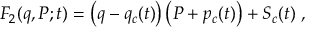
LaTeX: F _ { 2 } ( q , P ; t ) = \left( q - q _ { c } ( t ) \right) \left( P + p _ { c } ( t ) \right) + S _ { c } ( t ) \; ,